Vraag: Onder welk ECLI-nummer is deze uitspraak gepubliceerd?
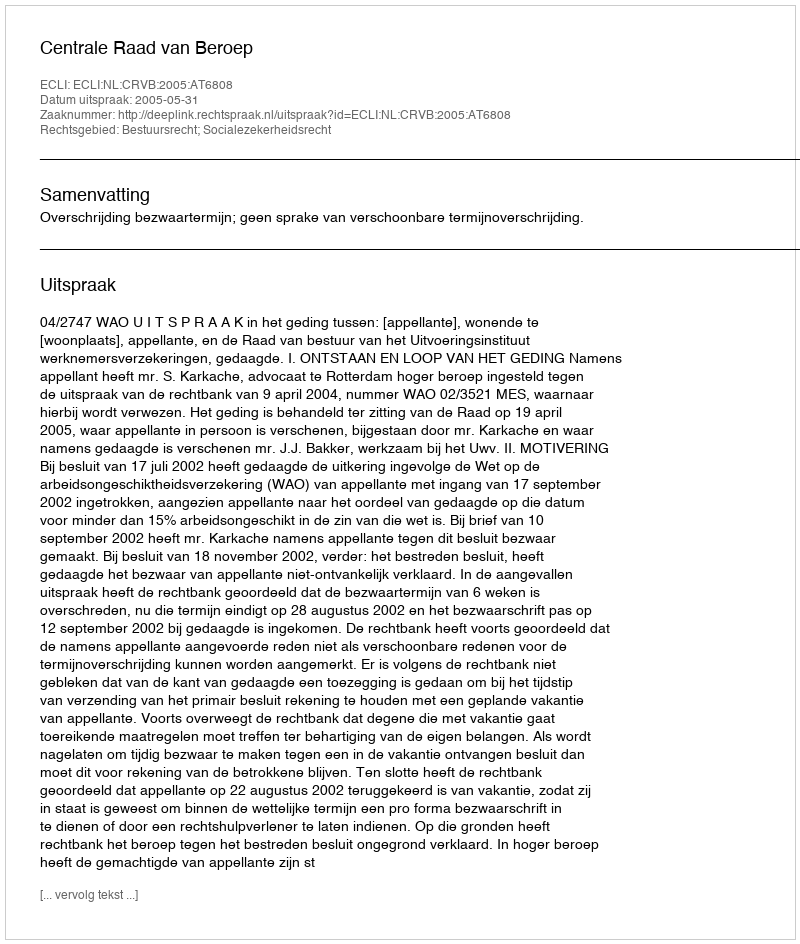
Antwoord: ECLI:NL:CRVB:2005:AT6808